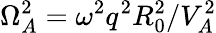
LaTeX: \Omega_{A}^{2}=\omega^{2}q^{2}R_{0}^{2}/V_{A}^{2}